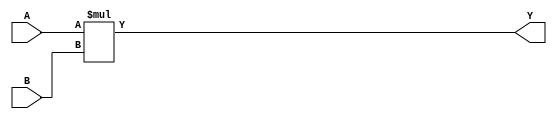
module pb4(A, B, Y);

parameter len_a = 4, len_b = 3;

input [len_a - 1 : 0] A;
input [len_b - 1 : 0] B;
output reg [len_a + len_b - 1 : 0]  Y;

always @(*) begin
	Y = A * B;
end

endmodule